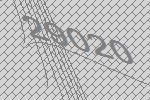
29020